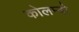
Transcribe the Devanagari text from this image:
कोलम्‍बो